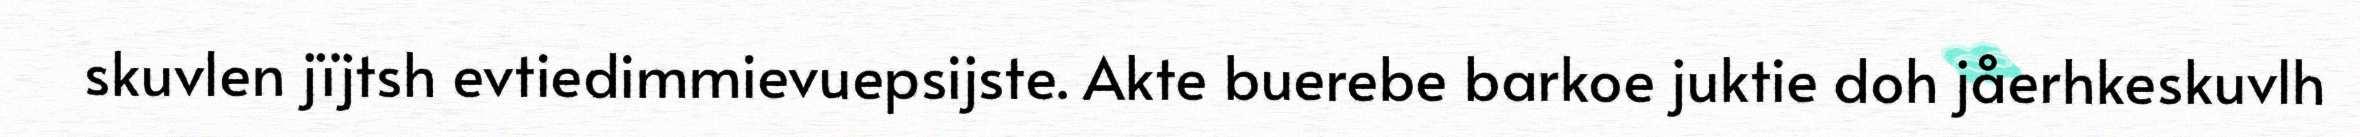
skuvlen jïjtsh evtiedimmievuepsijste. Akte buerebe barkoe juktie doh jåerhkeskuvlh